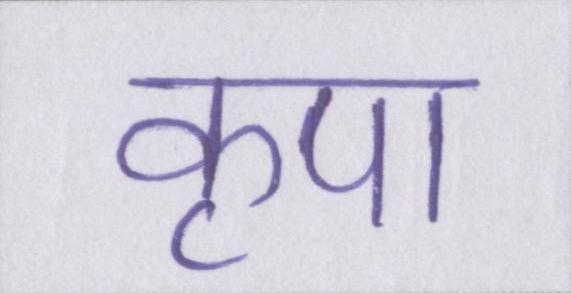
कृपा